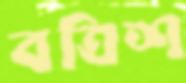
বত্রিশ